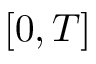
[ 0 , T ]